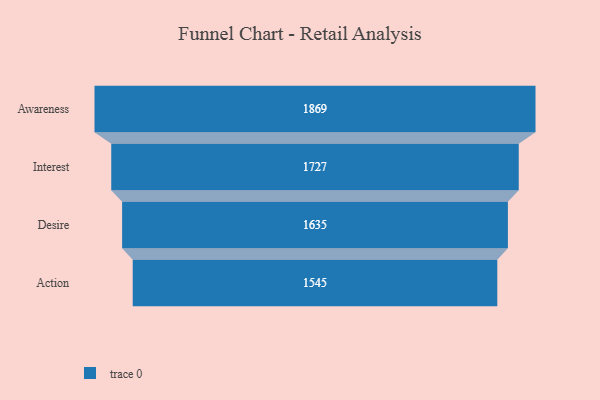
{"axis": {"x": "Stage", "y": "Value"}, "legend": [""], "data": [{"x": "Awareness", "y": 1869.0, "type": ""}, {"x": "Interest", "y": 1727.0, "type": ""}, {"x": "Desire", "y": 1635.0, "type": ""}, {"x": "Action", "y": 1545.0, "type": ""}]}